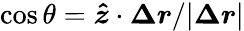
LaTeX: \cos\theta=\boldsymbol{\hat{z}}\cdot\boldsymbol{\Delta r}/\vert\boldsymbol{\Delta r}\vert